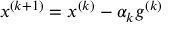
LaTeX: x ^ { ( k + 1 ) } = x ^ { ( k ) } - \alpha _ { k } g ^ { ( k ) }